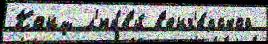
Конц л'юбв'и́ в'енг'е́рской